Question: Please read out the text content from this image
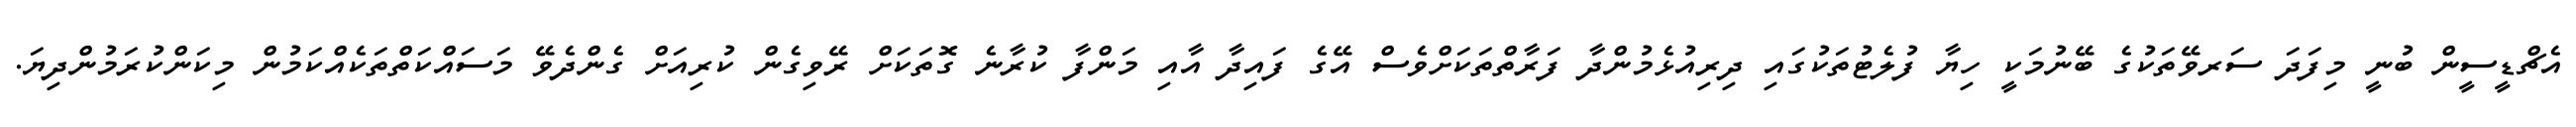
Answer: އެޗްޑީސީން ބުނީ މިފަދަ ސަރވޭތަކުގެ ބޭނުމަކީ ހިޔާ ފުލެޓުތަކުގައި ދިރިއުޅެމުންދާ ފަރާތްތަކަށްވެސް އޭގެ ފައިދާ އާއި މަންފާ ކުރާނެ ގޮތަކަށް ރޭވިގެން ކުރިއަށް ގެންދެވޭ މަސައްކަތްތަކެއްކަމުން މިކަންކުރަމުންދިޔަ.